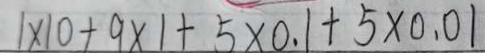
1 \times 1 0 + 9 \times 1 + 5 \times 0 . 1 + 5 \times 0 . 0 1